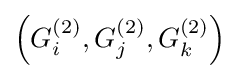
\left(G_{i}^{(2)},G_{j}^{(2)},G_{k}^{(2)}\right)